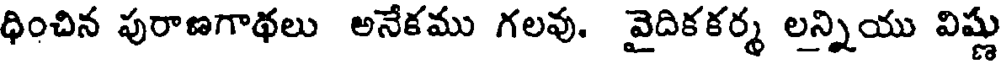
ధించిన పురాణగాథలు అనేకము గలవు. వైదికకర్మ లన్నియు విష్ణు